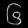
Digit: ၆